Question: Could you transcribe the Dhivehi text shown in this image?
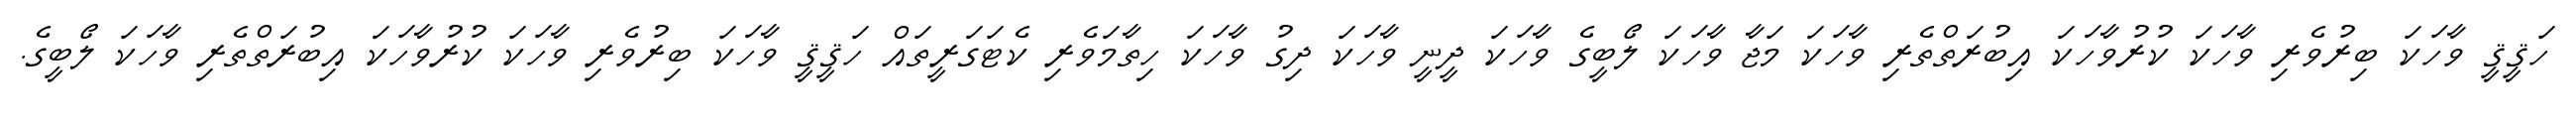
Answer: ހަޤީޤީ ވާހަކަ ބިރުވެރި ވާހަކަ ކުރުވާހަކަ އިބުރަތްތެރި ވާހަކަ މަޖާ ވާހަކަ ލޯބީގެ ވާހަކަ ދީނީ ވާހަކަ ދިގު ވާހަކަ ހިތާމަވެރި ކެޓަގަރީތައް ހަޤީޤީ ވާހަކަ ބިރުވެރި ވާހަކަ ކުރުވާހަކަ އިބުރަތްތެރި ވާހަކަ ލޯބީގެ.